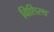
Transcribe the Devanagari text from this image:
विशिस्थ